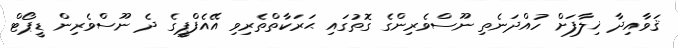
ޤަވާއިދާ ޚިލާފަށް ހުއްދަނެތި ނޫސްވެރިންގެ ގޮތުގައި ޙަރަކާތްތެރިވި އޭއެފްޕީގެ ދެ ނޫސްވެރިން ޑީޕޯޓް